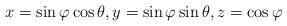
LaTeX: \begin{align*}x=\sin\varphi\cos\theta,y=\sin\varphi\sin\theta,z=\cos\varphi\end{align*}